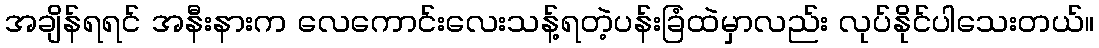
အချိန်ရရင် အနီးနားက လေကောင်းလေးသန့်ရတဲ့ပန်းခြံထဲမှာလည်း လုပ်နိုင်ပါသေးတယ်။